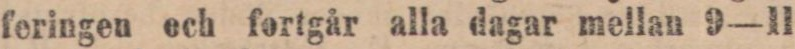
feringen och fortgår alla dagar mellan 9—11